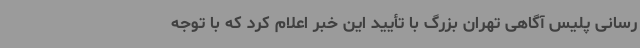
رسانی پلیس آگاهی تهران بزرگ با تأیید این خبر اعلام کرد که با توجه